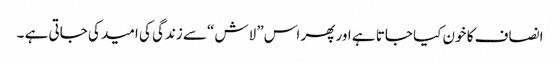
انصاف کا خون کیا جاتا ہے اور پھر اس” لاش “سے زندگی کی امید کی جاتی ہے ۔